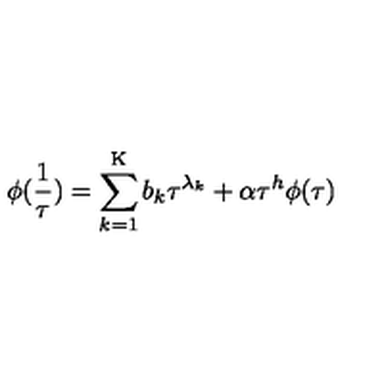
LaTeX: \phi ( \frac { 1 } { \tau } ) = \sum _ { k = 1 } ^ { \mathrm { K } } b _ { k } \tau ^ { \lambda _ { k } } + \alpha \tau ^ { h } \phi ( \tau )